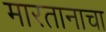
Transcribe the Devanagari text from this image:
मारतानाचा